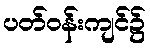
ပတ်ဝန်းကျင်၌